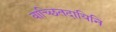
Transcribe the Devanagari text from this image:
वाच्छितदायिनि